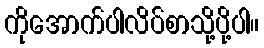
ကိုအောက်ပါလိပ်စာသို့ပို့ပါ။